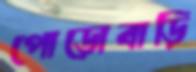
পোড়োবাড়ি